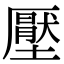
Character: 壓